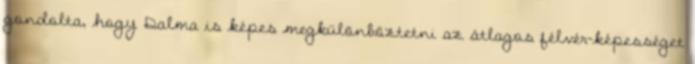
gondolta, hogy Dalma is képes megkülönböztetni az átlagos félvér-képességet